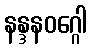
နန္ဒနဝဂ္ဂေါ